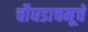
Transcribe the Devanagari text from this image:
चौघडाचमूचे